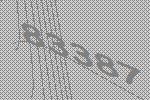
83387